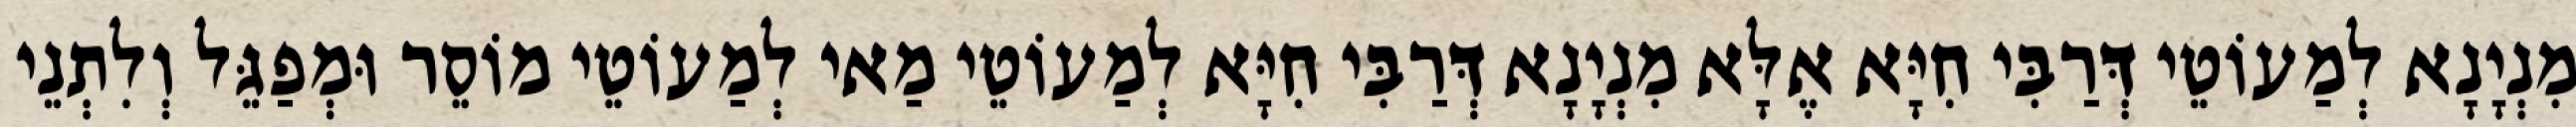
מִנְיָנָא לְמַעוֹטֵי דְּרַבִּי חִיָּא אֶלָּא מִנְיָנָא דְּרַבִּי חִיָּא לְמַעוֹטֵי מַאי לְמַעוֹטֵי מוֹסֵר וּמְפַגֵּל וְלִתְנֵי